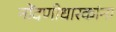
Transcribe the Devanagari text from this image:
नोंदणीधारकांना